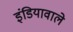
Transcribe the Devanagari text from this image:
इंडियावाले